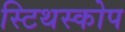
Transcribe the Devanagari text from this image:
स्टिथस्कोप